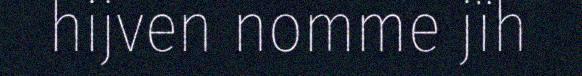
hijven nomme jïh